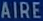
AIRE